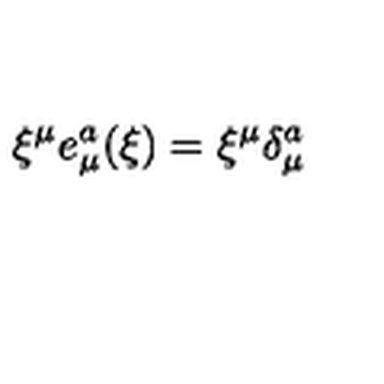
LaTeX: \xi ^ { \mu } e _ { \mu } ^ { a } ( \xi ) = \xi ^ { \mu } \delta _ { \mu } ^ { a }